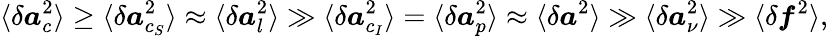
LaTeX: \langle\delta\boldsymbol{a}_{c}^{2}\rangle\ge\langle\delta\boldsymbol{a}_{c_{S}}^{2}\rangle\approx\langle\delta\boldsymbol{a}_{l}^{2}\rangle\gg\langle\delta\boldsymbol{a}_{c_{I}}^{2}\rangle=\langle\delta\boldsymbol{a}_{p}^{2}\rangle\approx\langle\delta\boldsymbol{a}^{2}\rangle\gg\langle\delta\boldsymbol{a}_{\nu}^{2}\rangle\gg\langle\delta\boldsymbol{f}^{2}\rangle,